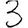
Digit: 3